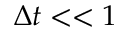
\Delta t < < 1